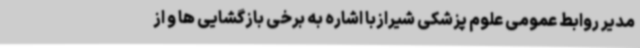
مدیر روابط عمومی علوم پزشکی شیرازبا اشاره به برخی بازگشایی ها و از